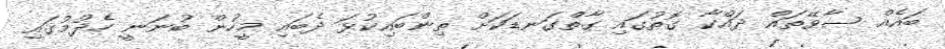
ބައެއް ސާވޭތައް ދައްކާ ގޮތުގައި ގާތްގަނޑަކަށް ތިންބައިކުޅަ ދެބައި މީހުން ބުނަނީ ހެދުމުގައި